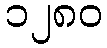
၁၂၈၀